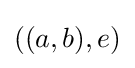
((a,b),e)